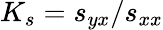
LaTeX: K_{s}=s_{yx}/s_{xx}